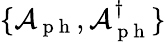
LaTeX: \{ \mathcal{A}_{\mathrm{~p~h~}},\mathcal{A}_{\mathrm{~p~h~}}^{\dagger}\}